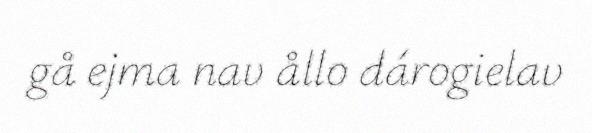
gå ejma nav ållo dárogielav